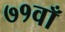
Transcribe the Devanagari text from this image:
७१वाँ